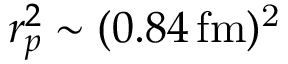
r _ { p } ^ { 2 } \sim ( 0 . 8 4 \, \mathrm { f m ) ^ { 2 } }